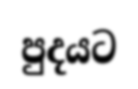
පුදයට